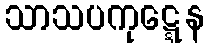
သာသပကုဋ္ဋေန